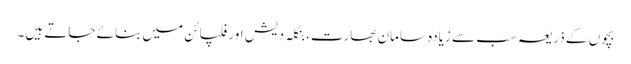
بچوں کے ذریعہ سب سے زیادہ سامان بھارت، بنگلہ دیش اور فلپائن میں بنائے جاتے ہیں۔